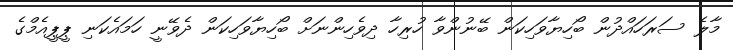
މާލެ ސަރަހައްދުން ބޯހިޔާވަހިކަން ބޭނުންވާ ހުރިހާ ދިވެހިންނަށް ބޯހިޔާވަހިކަން ދެވޭނީ ހަމައެކަނި ޕީޕީއެމްގެ